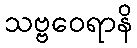
သဗ္ဗဝေရာနိ